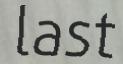
last